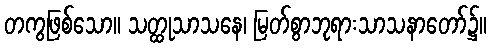
တကွဖြစ်သော။ သတ္ထုသာသနေ၊ မြတ်စွာဘုရားသာသနာတော်၌။